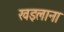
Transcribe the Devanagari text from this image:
खइलाना